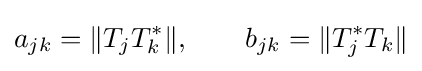
a_{jk}=\Vert T_{j}T_{k}^{\ast }\Vert ,\qquad b_{jk}=\Vert T_{j}^{\ast }T_{k}\Vert